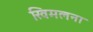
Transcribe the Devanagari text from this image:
खिमलना